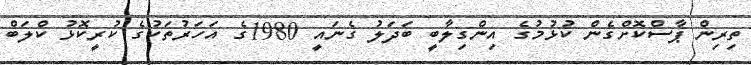
ތިރިން ޕާސްކޮށްގެން ކުޅުމުގެ އިންގިލާބީ ބަދަލު ގެނައީ 1980ގެ އަހަރުތަކުގެ ކުރީކޮޅު ކްލަބް